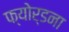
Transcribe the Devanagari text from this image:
फ्योर्डना